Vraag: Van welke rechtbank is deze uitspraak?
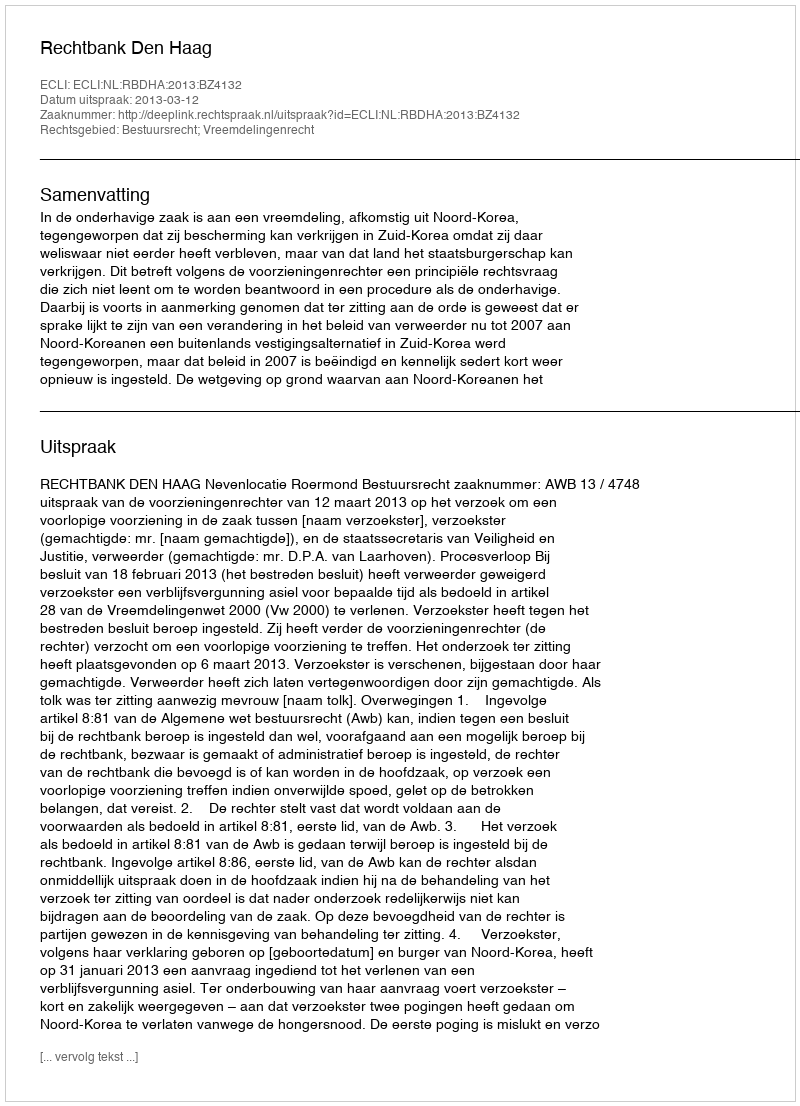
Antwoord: Rechtbank Den Haag